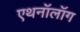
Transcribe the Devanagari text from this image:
एथनॉलॉग